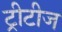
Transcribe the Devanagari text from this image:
ट्रीटीज